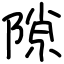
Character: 隙